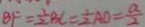
B F = \frac { 1 } { 2 } B C = \frac { 1 } { 2 } A O = \frac { a } { 2 }